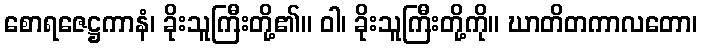
စောရဇေဋ္ဌကာနံ၊ ခိုးသူကြီးတို့၏။ ဝါ၊ ခိုးသူကြီးတို့ကို။ ဃာတိတကာလတော၊